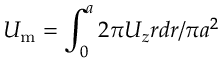
U _ { \mathrm { { m } } } = \int _ { 0 } ^ { a } 2 \pi U _ { z } r d r / \pi a ^ { 2 }